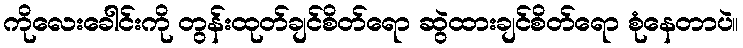
ကိုလေးခေါင်းကို တွန်းထုတ်ချင်စိတ်ရော ဆွဲထားချင်စိတ်ရော စုံနေတာပဲ။